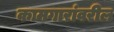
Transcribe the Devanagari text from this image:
कामगारांवरील